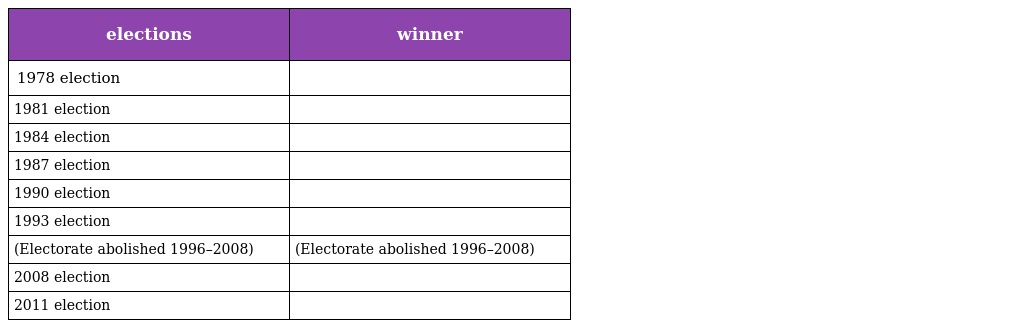
| elections | winner |
 | --- | --- |
 | 1978 election |  |
 | 1981 election |  |
 | 1984 election |  |
 | 1987 election |  |
 | 1990 election |  |
 | 1993 election |  |
 | (Electorate abolished 1996–2008) | (Electorate abolished 1996–2008) |
 | 2008 election |  |
 | 2011 election |  |